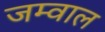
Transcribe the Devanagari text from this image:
जम्वाल